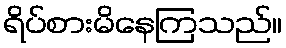
ရိပ်စားမိနေကြသည်။